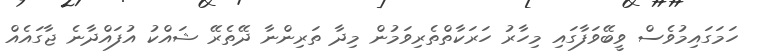
ހަމަގައިމުވެސް ވީބޭވަފާގައި މިހާރު ހަރަކާތްތެރިވަމުން މިދާ ތަރިންނާ ދޭތެރޭ ޝައްކު އުފައްދާނެ ޖާގައެއް